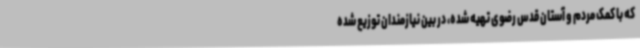
که با کمک مردم و آستان قدس رضوی تهیه شده، در بین نیازمندان توزیع ‌شده